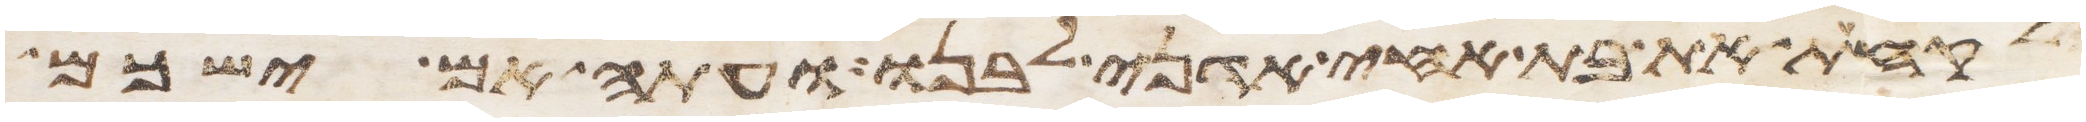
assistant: לקחת את בת אחי אדני לבנו ועתה אם ישכם